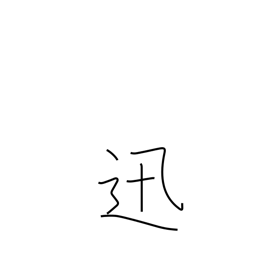
Meaning: swift